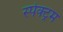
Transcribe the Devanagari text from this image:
स्‍पेक्‍ट्रम